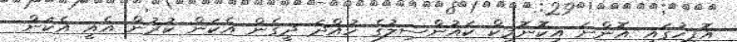
އޮފީހުގައި އޮންނަ އިކޮނޮމިކް ކައުންސިލުގެ ހުއްދަ ދީގެން އެކަން ކުރުން އެއީ އެކަން